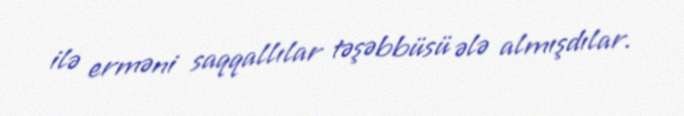
ilə erməni saqqallılar təşəbbüsü ələ almışdılar.